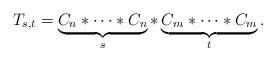
LaTeX: \begin{align*}T_{s,t} = \underbrace{C_n \ast \cdots \ast C_n}_{s } \ast \underbrace{C_m \ast \cdots \ast C_m}_{t }.\end{align*}